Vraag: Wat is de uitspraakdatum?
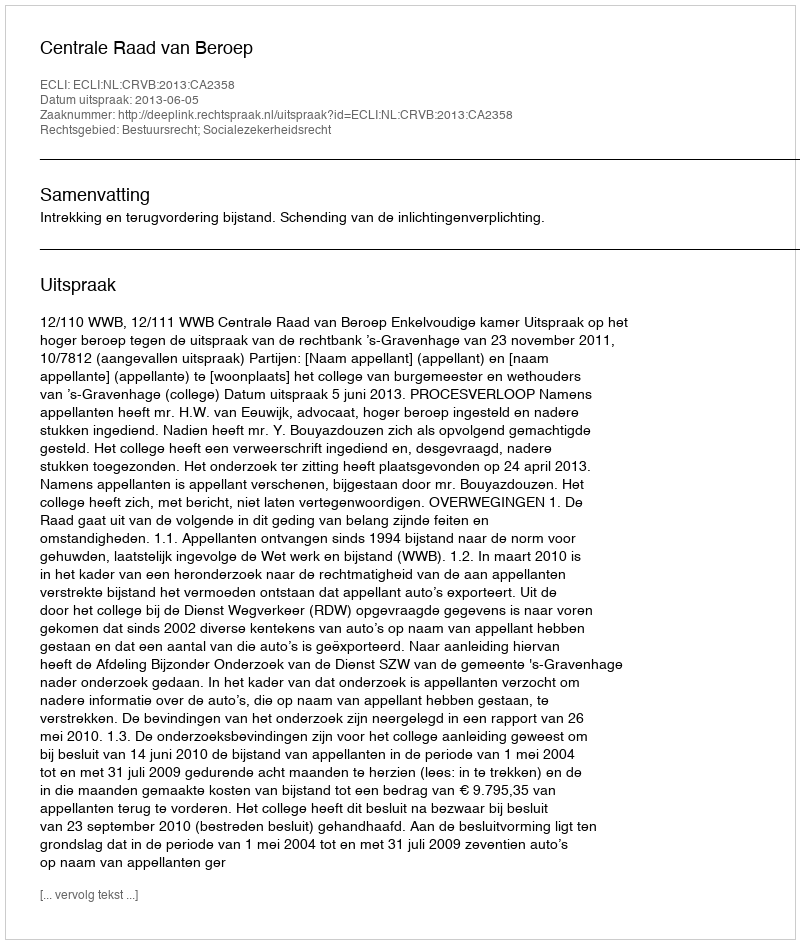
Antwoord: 2013-06-05